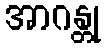
အာဂန္တု